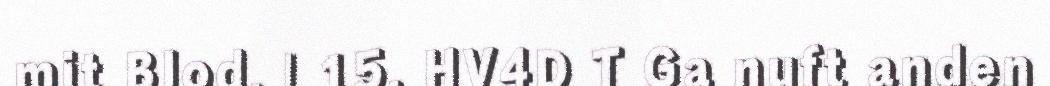
mit Blod. | 15. HV4D T Ga nuft anden